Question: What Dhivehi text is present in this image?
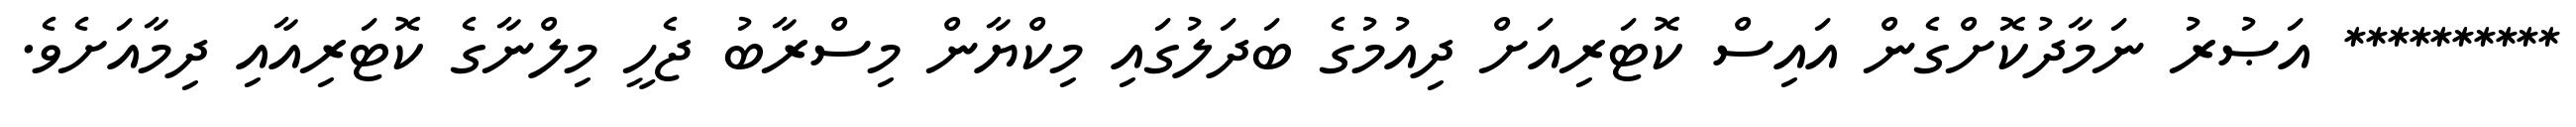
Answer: ********** އަޞުރު ނަމާދުކޮށްގެން އައިސް ކޮޓަރިއަށް ދިއުމުގެ ބަދަލުގައި މިކްޔާން މިސްރާބު ޖެހީ މިލްނާގެ ކޮޓަރިއާއި ދިމާއަށެވެ.